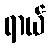
ရာယ်